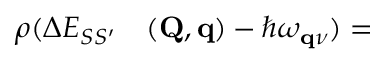
\begin{array} { r l } { \rho ( \Delta E _ { S S ^ { \prime } } } & { { } ( \mathbf { Q } , \mathbf { q } ) - \hbar \omega _ { \mathbf { q } \nu } ) = } \end{array}